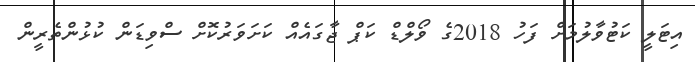
އިޓަލީ ކަޓުވާލުމަށް ފަހު 2018ގެ ވޯލްޑް ކަޕް ޖާގައެއް ކަށަވަރުކޮށް ސްވިޑަން ކުޅުންތެރީން